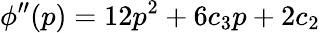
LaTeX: \phi^{\prime\prime}(p)=12p^{2}+6c_{3}p+2c_{2}